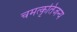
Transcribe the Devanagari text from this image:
चमत्कृतिजन्य